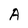
Character: A